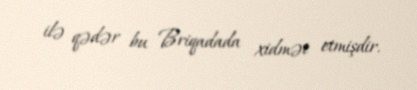
ilə qədər bu Briqadada xidmət etmişdir.